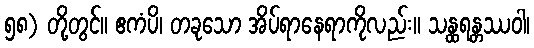
၅၈) တို့တွင်။ ဧကံပိ၊ တခုသော အိပ်ရာနေရာကိုလည်း။ သန္ထရန္တဿဝါ၊